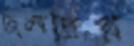
জলপ্রিয়